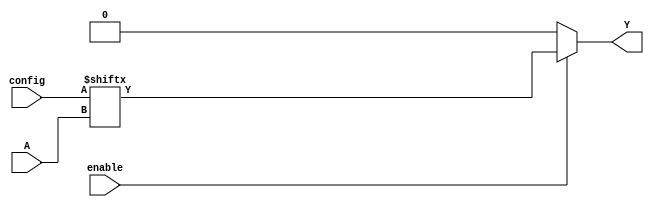
module CLB #(
    parameter NUM_INPUTS = 4,  // Number of inputs (can be 2 to 4)
    parameter LUT_SIZE = 16     // Size of the LUT (2^NUM_INPUTS)
)(
    input  wire [NUM_INPUTS-1:0] A,   // Input signals
    input  wire [LUT_SIZE-1:0] config, // Configuration bits (from SRAM)
    input  wire enable,                // Control signal to enable the CLB
    output reg  Y                      // Output signal
);

// Internal signal for the LUT output
reg [NUM_INPUTS-1:0] lut_address; // Address for the LUT based on inputs

// Combinational logic to determine LUT address
always @(*) begin
    if (enable) begin
        // Generate the LUT address based on inputs A
        lut_address = A; // Assuming A is directly used as address
        // Output the corresponding LUT value
        Y = config[lut_address]; // Lookup in the configuration bits
    end else begin
        Y = 1'b0; // If not enabled, output should be zero or some default state
    end
end

endmodule